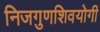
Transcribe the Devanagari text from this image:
निजगुणशिवयोगी